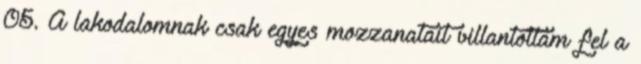
05. A lakodalomnak csak egyes mozzanatait villantottam fel a